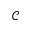
\mathcal { C }